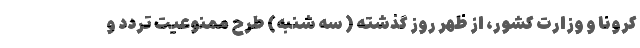
کرونا و وزارت کشور، از ظهر روز گذشته ( سه شنبه) طرح ممنوعیت تردد و